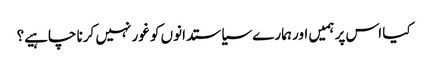
کیا اس پر ہمیں اور ہمارے سیاستدانوں کو غور نہیں کرنا چاہیے؟